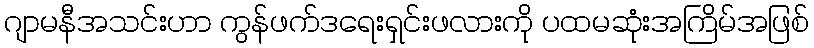
ဂျာမနီအသင်းဟာ ကွန်ဖက်ဒရေးရှင်းဖလားကို ပထမဆုံးအကြိမ်အဖြစ်